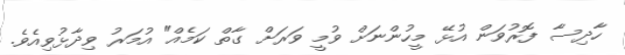
ހާދިސާ ފޮރުވަން އުޅޭ މީހުންނަށް ވުމީ ވަރަށް ގާތް ކަމެއް" އުމަރު ވިދާޅުވިއެވެ.